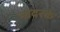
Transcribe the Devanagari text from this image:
नादरके